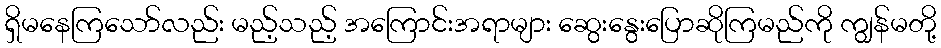
ရှိမနေကြသော်လည်း မည့်သည့် အကြောင်းအရာများ ဆွေးနွေးပြောဆိုကြမည်ကို ကျွန်မတို့